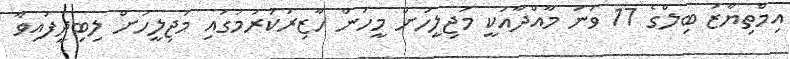
އިމްތިޔާޒު ބިލްގެ 17 ވަނަ މާއްދާއަކީ މަޖިލީހަށް މީހުން ހާޒިރުކުރުމުގައި މަޖިލީހަށް ލިބިދީފައިވާ